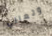
وتعالي